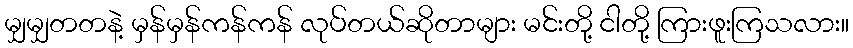
မျှမျှတတနဲ့ မှန်မှန်ကန်ကန် လုပ်တယ်ဆိုတာများ မင်းတို့ ငါတို့ ကြားဖူးကြသလား။